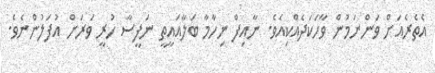
އެތެރެއަށް ވަންނަމުން ވާހަކަދެއްކިއެވެ. ނާއިފް ނިހާމާ ބަލާއައީތީ ނަފީސާ ހުރީ ވަރަށް އުފަލުންނެވެ.